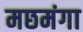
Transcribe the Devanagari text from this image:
मछमंगा